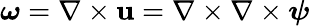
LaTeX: {\boldsymbol{\omega}}=\nabla\times{\boldsymbol{\mathbf{u}}}=\nabla\times\nabla\times{\boldsymbol{\psi}}